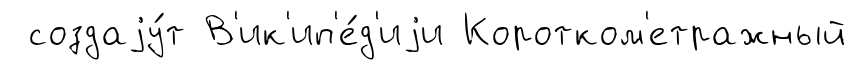
создаjу́т В'ик'ип'е́д'иjи Коротком'етражный